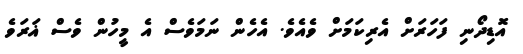
އޮޑިދޯނި ފަހަރަށް އެރިކަމަށް ވެއެވެ. އެހެން ނަމަވެސް އެ މީހުން ވެސް ޣަރަވެ